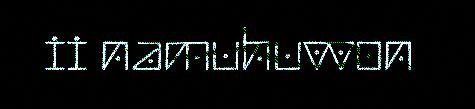
ii namuhuvvon